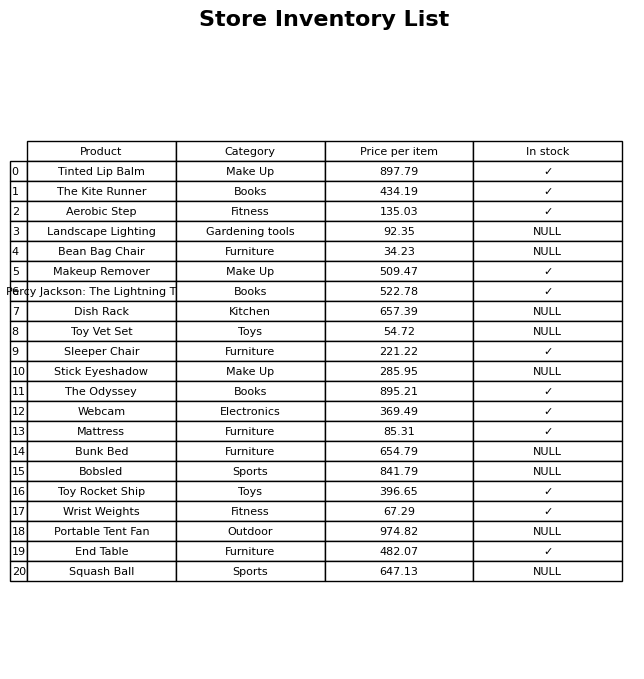
question: What is the stock status of the Makeup Remover?
answer: ✓